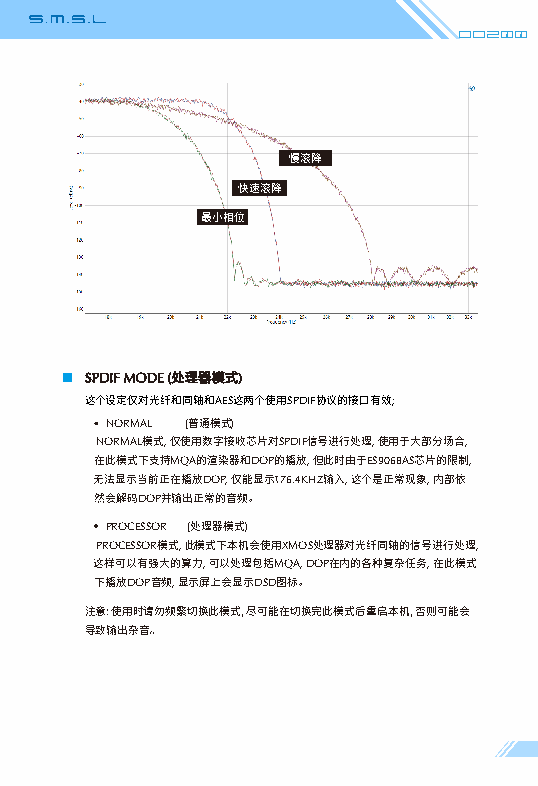
Do200
 慢滚降
 快速滚降
 最小相位
 SPDIF MODE ( )
 处理器模式
 AES  SPDIF  ;
 这个设定仅对光纤和同轴和 这两个使用 协议的接口有效
 NORMAL ( )
 普通模式
 NORMAL ,    SPDIF  ,     ,
 模式仅使用数字接收芯片对 信号进行处理使用于大部分场合
 MQA   DOP ,  ES9068AS ,
 在此模式下支持 的渲染器和 的播放但此时由于 芯片的限制
 DOP, 176.4KHZ , ,
 无法显示当前正在播放 仅能显示 输入这个是正常现象内部依
 DOP    。
 然会解码 并输出正常的音频
 PROCESSOR ( )
 处理器模式
 PROCESSOR ,  XMOS        ,
 模式此模式下本机会使用 处理器对光纤同轴的信号进行处理
 ,    MQA, DOP  ,
 这样可以有强大的算力可以处理包括 在内的各种复杂任务在此模式
 DOP ,    DSD 。
 下播放 音频显示屏上会显示 图标
 注意: 使用时请勿频繁切换此模式, 尽可能在切换完此模式后重启本机, 否则可能会
 导致输出杂音。